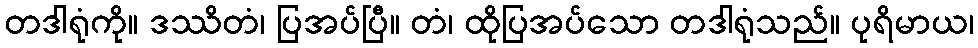
တဒါရုံကို။ ဒဿိတံ၊ ပြအပ်ပြီ။ တံ၊ ထိုပြအပ်သော တဒါရုံသည်။ ပုရိမာယ၊